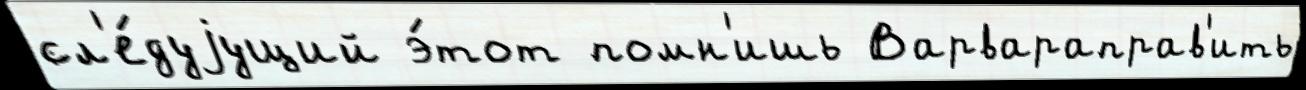
сл'е́дуjущий э́тот помн'ишь Варвараправ'ить